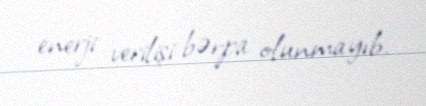
enerji verilişi bərpa olunmayıb.